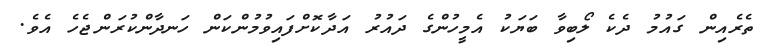
ތެރެއިން ގައުމު ދެކެ ލޯބިވާ ބަޔަކު އެމީހުންގެ ދައުރު އަދާކޮށްފައިވުމުންކަން ހަނދާންކުރަންޖެހެ އެވެ.